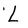
Character: L